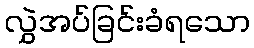
လွှဲအပ်ခြင်းခံရသော